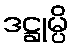
ဒဋ္ဌုမ္ပိ